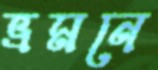
ভ্রমনে